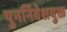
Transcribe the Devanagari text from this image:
पुनर्निवेशयुक्त